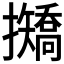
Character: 𢹣